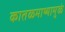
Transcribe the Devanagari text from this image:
कातळमाथ्यामुळे